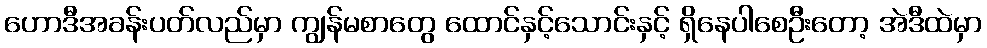
ဟောဒီအခန်းပတ်လည်မှာ ကျွန်မစာတွေ ထောင်နှင့်သောင်းနှင့် ရှိနေပါစေဦးတော့ အဲဒီထဲမှာ